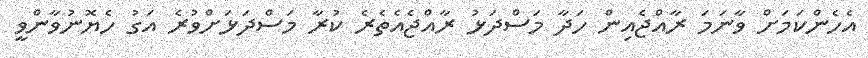
އެހެންކަމަށް ވާނަމަ ރާއްޖެއިން ހަދާ މަސްދަޅު ރާއްޖެއެތެރެ ކުރާ މަސްދަޅަށްވުރެ އަގު ހެޔޮނުވާންވީ